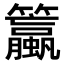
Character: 𫂯